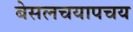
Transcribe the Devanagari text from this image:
बेसलचयापचय